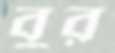
বুর